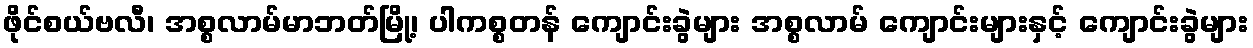
ဖိုင်စယ်ဗလီ၊ အစ္စလာမ်မာဘတ်မြို့၊ ပါကစ္စတန် ကျောင်းခွဲများ အစ္စလာမ် ကျောင်းများနှင့် ကျောင်းခွဲများ